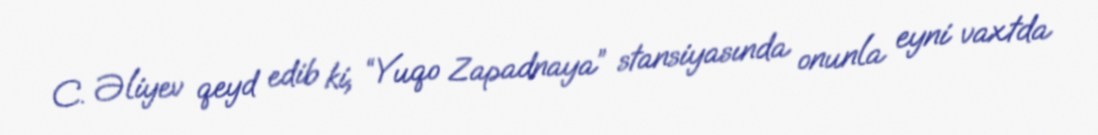
C. Əliyev qeyd edib ki, “Yuqo Zapadnaya” stansiyasında onunla eyni vaxtda